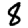
Digit: 8